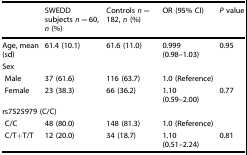
<table><thead><tr><td></td><td><b>SWEDD subjects <i>n</i> = 60, <i>n</i> (%)</b></td><td><b>Controls <i>n</i> = 182, <i>n</i> (%)</b></td><td><b>OR (95% CI)</b></td><td><b><i>P</i> value</b></td></tr></thead><tbody><tr><td>Age, mean (sd)</td><td>61.4 (10.1)</td><td>61.6 (11.0)</td><td>0.999 (0.98–1.03)</td><td>0.95</td></tr><tr><td colspan="5">Sex</td></tr><tr><td> Male</td><td>37 (61.6)</td><td>116 (63.7)</td><td>1.0 (Reference)</td><td></td></tr><tr><td> Female</td><td>23 (38.3)</td><td>66 (36.2)</td><td>1.10 (0.59–2.00)</td><td>0.77</td></tr><tr><td colspan="5">rs7525979 (C/C)</td></tr><tr><td> C/C</td><td>48 (80.0)</td><td>148 (81.3)</td><td>1.0 (Reference)</td><td></td></tr><tr><td> C/T+T/T</td><td>12 (20.0)</td><td>34 (18.7)</td><td>1.10 (0.51–2.24)</td><td>0.81</td></tr></tbody></table>